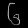
Digit: ၆